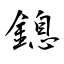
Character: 鎴